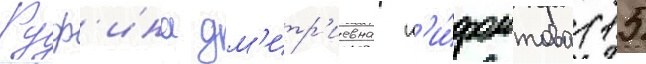
Руф'ина дм'итр'иевна н'и́фонтова (15